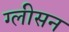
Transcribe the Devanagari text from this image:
ग्‍लीसन